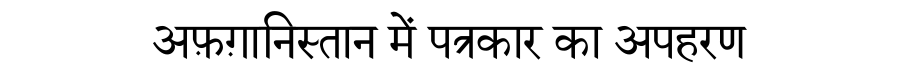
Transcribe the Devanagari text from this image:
अफ़ग़ानिस्तान में पत्रकार का अपहरण